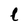
Character: l